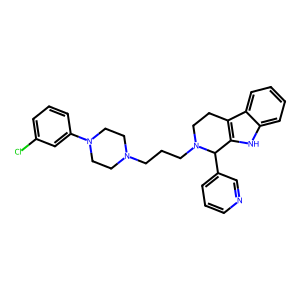
SMILES: Clc1cccc(N2CCN(CCCN3CCc4c([nH]c5ccccc45)C3c3cccnc3)CC2)c1
Inhibits HIV replication: No